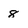
Character: 8